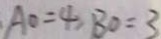
A O = 4 , B O = 3